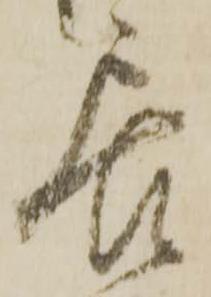
居